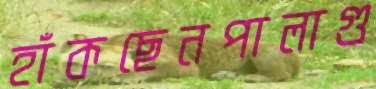
হাঁকছেনপালাগু